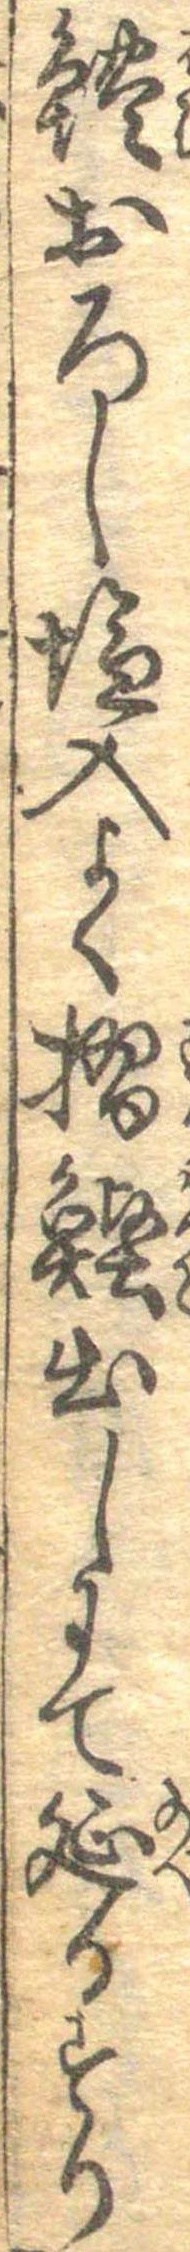
鱧おろし塩入よく摺鰹出しにて延るすり